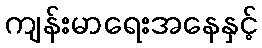
ကျန်းမာရေးအနေနှင့်